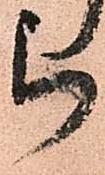
被